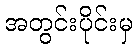
အတွင်းပိုင်းမှ